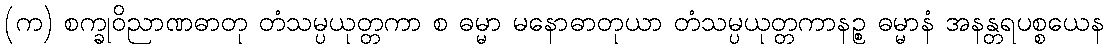
(က) စက္ခုဝိညာဏဓာတု တံသမ္ပယုတ္တကာ စ ဓမ္မာ မနောဓာတုယာ တံသမ္ပယုတ္တကာနဉ္စ ဓမ္မာနံ အနန္တရပစ္စယေန